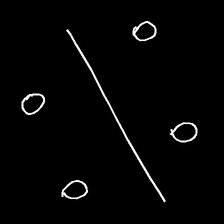
Glyph: cool